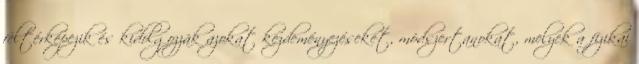
feltérképezik és kidolgozzák azokat kezdeményezéseket, módszertanokat, melyek a fizikai